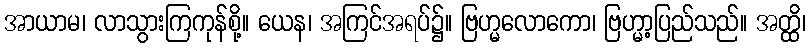
အာယာမ၊ လာသွားကြကုန်စို့။ ယေန၊ အကြင်အရပ်၌။ ဗြဟ္မလောကော၊ ဗြဟ္မာ့ပြည်သည်။ အတ္ထိ၊